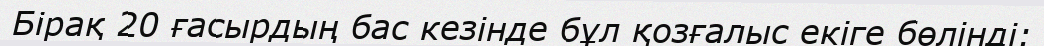
Бірақ 20 ғасырдың бас кезінде бұл қозғалыс екіге бөлінді: